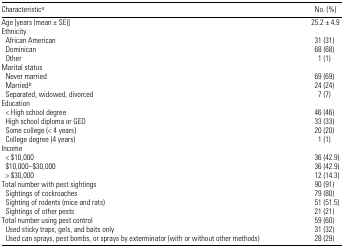
<table><thead><tr><td><b>Characteristica</b></td><td><b>No. (%)</b></td></tr></thead><tbody><tr><td>Age [years (mean ± SE)]</td><td>25.2 ± 4.9</td></tr><tr><td colspan="2">Ethnicity</td></tr><tr><td> African American</td><td>31 (31)</td></tr><tr><td> Dominican</td><td>68 (68)</td></tr><tr><td> Other</td><td>1 (1)</td></tr><tr><td colspan="2">Marital status</td></tr><tr><td> Never married</td><td>69 (69)</td></tr><tr><td> Marriedb</td><td>24 (24)</td></tr><tr><td> Separated, widowed, divorced</td><td>7 (7)</td></tr><tr><td colspan="2">Education</td></tr><tr><td> &lt; High school degree</td><td>46 (46)</td></tr><tr><td> High school diploma or GED</td><td>33 (33)</td></tr><tr><td> Some college (&lt; 4 years)</td><td>20 (20)</td></tr><tr><td> College degree (4 years)</td><td>1 (1)</td></tr><tr><td colspan="2">Income</td></tr><tr><td> &lt; $10,000</td><td>36 (42.9)</td></tr><tr><td> $10,000–$30,000</td><td>36 (42.9)</td></tr><tr><td> &gt; $30,000</td><td>12 (14.3)</td></tr><tr><td>Total number with pest sightings</td><td>90 (91)</td></tr><tr><td> Sightings of cockroaches</td><td>79 (80)</td></tr><tr><td> Sighting of rodents (mice and rats)</td><td>51 (51.5)</td></tr><tr><td> Sightings of other pests</td><td>21 (21)</td></tr><tr><td>Total number using pest control</td><td>59 (60)</td></tr><tr><td> Used sticky traps, gels, and baits only</td><td>31 (32)</td></tr><tr><td> Used can sprays, pest bombs, or sprays by exterminator (with or without other methods)</td><td>28 (29)</td></tr></tbody></table>